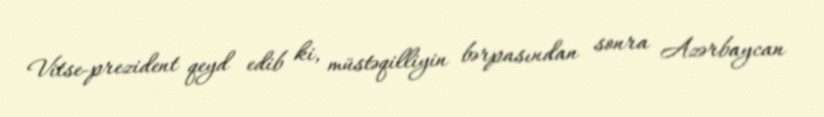
Vitse-prezident qeyd edib ki, müstəqilliyin bərpasından sonra Azərbaycan